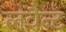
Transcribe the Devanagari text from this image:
लवैन्ट